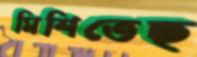
মিশিতেছ